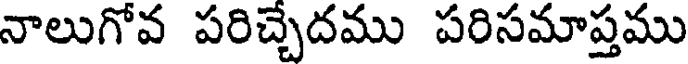
నాలుగోవ పరిచ్చేదము పరిసమాప్తము